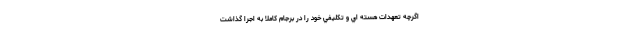
اگرچه تعهدات هسته اي و تكليفي خود را در برجام كاملا به اجرا گذاشت